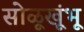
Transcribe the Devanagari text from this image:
सोळूखूंभू